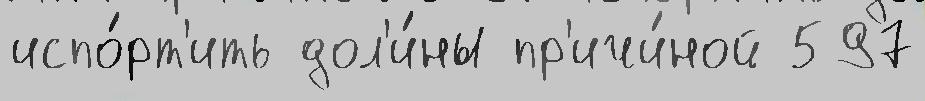
испо́рт'ить дол'и́ны пр'ичи́ной 597